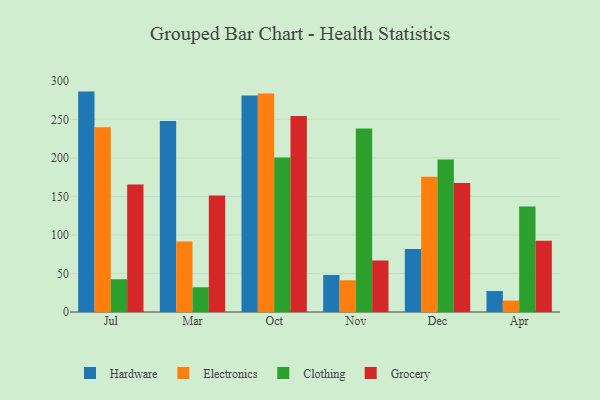
{"axis": {"x": "Month", "y": "Demand Index"}, "legend": ["Clothing", "Electronics", "Grocery", "Hardware"], "data": [{"x": "Jul", "y": 286.0, "type": "Hardware"}, {"x": "Jul", "y": 239.7, "type": "Electronics"}, {"x": "Jul", "y": 42.5, "type": "Clothing"}, {"x": "Jul", "y": 165.6, "type": "Grocery"}, {"x": "Mar", "y": 247.7, "type": "Hardware"}, {"x": "Mar", "y": 91.5, "type": "Electronics"}, {"x": "Mar", "y": 32.1, "type": "Clothing"}, {"x": "Mar", "y": 151.1, "type": "Grocery"}, {"x": "Oct", "y": 281.1, "type": "Hardware"}, {"x": "Oct", "y": 283.6, "type": "Electronics"}, {"x": "Oct", "y": 200.5, "type": "Clothing"}, {"x": "Oct", "y": 254.4, "type": "Grocery"}, {"x": "Nov", "y": 48.0, "type": "Hardware"}, {"x": "Nov", "y": 41.2, "type": "Electronics"}, {"x": "Nov", "y": 238.1, "type": "Clothing"}, {"x": "Nov", "y": 66.8, "type": "Grocery"}, {"x": "Dec", "y": 81.8, "type": "Hardware"}, {"x": "Dec", "y": 175.4, "type": "Electronics"}, {"x": "Dec", "y": 198.0, "type": "Clothing"}, {"x": "Dec", "y": 167.4, "type": "Grocery"}, {"x": "Apr", "y": 27.2, "type": "Hardware"}, {"x": "Apr", "y": 14.8, "type": "Electronics"}, {"x": "Apr", "y": 136.8, "type": "Clothing"}, {"x": "Apr", "y": 92.4, "type": "Grocery"}]}